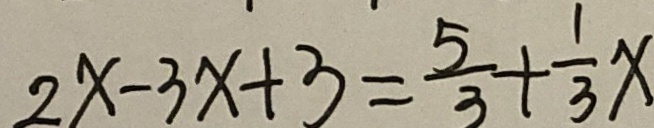
2 x - 3 x + 3 = \frac { 5 } { 3 } + \frac { 1 } { 3 } x